Enquiry on enteric fever in India - Number 32
Disease focus: Fever
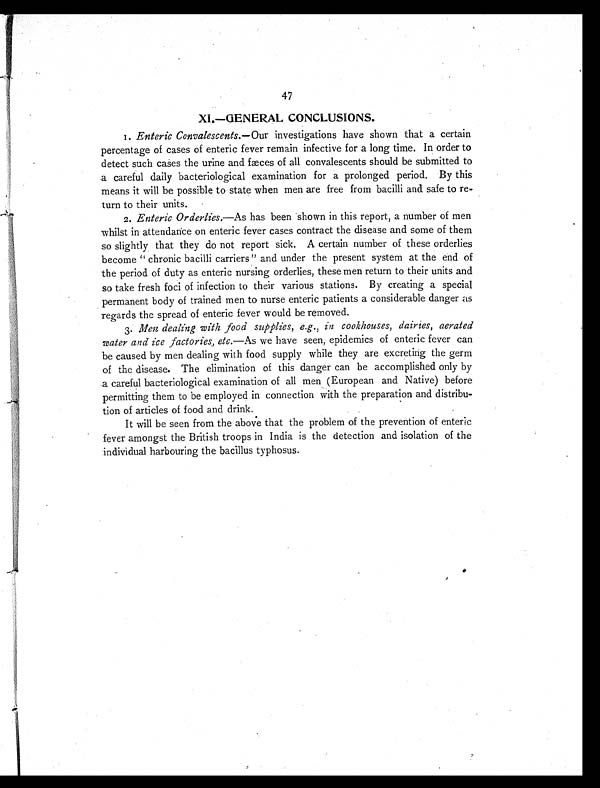
47
XI.—GENERAL CONCLUSIONS.
1. Enteric Convalescents.—Our investigations have shown that a certain
percentage of cases of enteric fever remain infective for a long time. In order to
detect such cases the urine and fæces of all convalescents should be submitted to
a careful daily bacteriological examination for a prolonged period. By this
means it will be possible to state when men are free from bacilli and safe to re-
turn to their units.
2. Enteric Orderlies, —As has been shown in this report, a number of men
whilst in attendance on enteric fever cases contract the disease and some of them
so slightly that they do not report sick. A certain number of these orderlies
become " chronic bacilli carriers" and under the present system at the end of
the period of duty as enteric nursing orderlies, these men return to their units and
so take fresh foci of infection to their various stations. By creating a special
permanent body of trained men to nurse enteric patients a considerable danger as
regards the spread of enteric fever would be removed.
3. Men dealing with food supplies, e.g., in cookhouses, dairies, aerated
water and ice factories, etc. —As we have seen, epidemics of enteric fever can
be caused by men dealing with food supply while they are excreting the germ
of the disease. The elimination of this danger can be accomplished only by
a careful bacteriological examination of all men (European and Native) before
permitting them to be employed in connection with the preparation and distribu-
tion of articles of food and drink.
It will be seen from the above that the problem of the prevention of enteric
fever amongst the British troops in India is the detection and isolation of the
individual harbouring the bacillus typhosus.